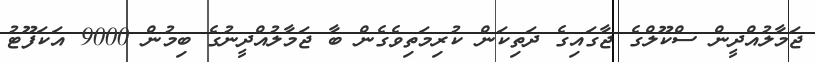
ޖަމާލުއްދީން ސްކޫލްގެ ޖާގައިގެ ދަތިކަން ކުރިމަތިވެގެން ބާ ޖަމާލުއްދީނުގެ ބިމުން 9000 އަކަފޫޓު